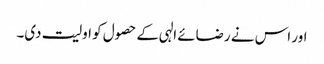
اور اس نے رضائے الہی کے حصول کو اولیت دی۔